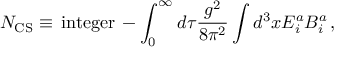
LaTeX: N _ { \mathrm { C S } } \equiv \, \mathrm { i n t e g e r } \, - \int _ { 0 } ^ { \infty } d \tau \frac { g ^ { 2 } } { 8 \pi ^ { 2 } } \int d ^ { 3 } x E _ { i } ^ { a } B _ { i } ^ { a } \, ,